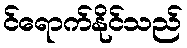
င်ရောက်နိုင်သည်